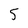
Character: 5